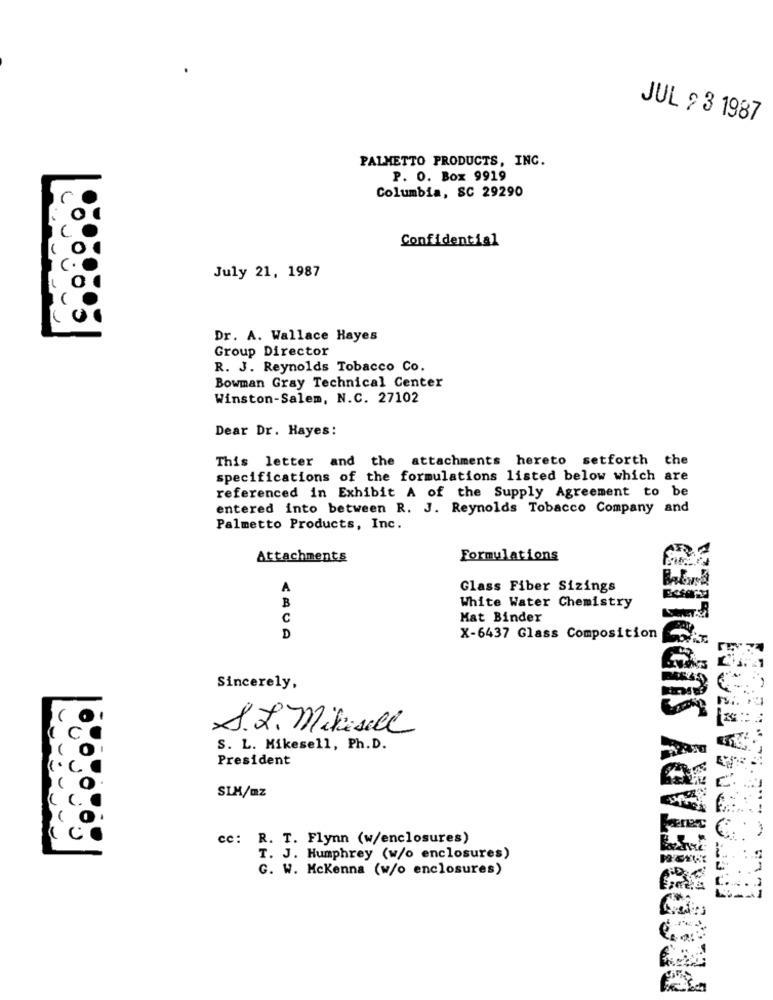
JUL £ 3 1987
PALMETTO PRODUCTS, INC.
P. O. Box 9919
Columbia, SC 29290
Confidential
July 21, 1987
Dr. A. Wallace Hayes
Group Director
R. J. Reynolds Tobacco Co.
Bowman Gray Technical Center
Winston-Salem, N.C. 27102
Dear Dr. Hayes:
This letter and the attachments hereto setforth the
specifications of the formulations listed below which are
referenced in Exhibit A of the Supply Agreement to be
entered into between R. J. Reynolds Tobacco Company and
Palmetto Products, Inc.
PROPRIETARY SUPPLIER
Attachments
Formulations
A
Glass Fiber Sizings
B
White Water Chemistry
C
Mat Binder
D
X-6437 Glass Composition
Sincerely,
S.L. Mikesell
S. L. Mikesell, Ph.D.
President
SIX/mz
cc: R. T. Flynn (w/enclosures)
T. J. Humphrey (w/o enclosures)
G. W. Mckenna (w/o enclosures)